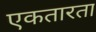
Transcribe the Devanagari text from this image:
एकतारता